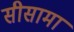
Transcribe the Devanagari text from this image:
सीसामा